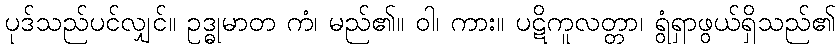
ပုဒ်သည်ပင်လျှင်။ ဥဒ္ဓုမာတ ကံ၊ မည်၏။ ဝါ၊ ကား။ ပဋိကူလတ္တာ၊ ရွံရှာဖွယ်ရှိသည်၏